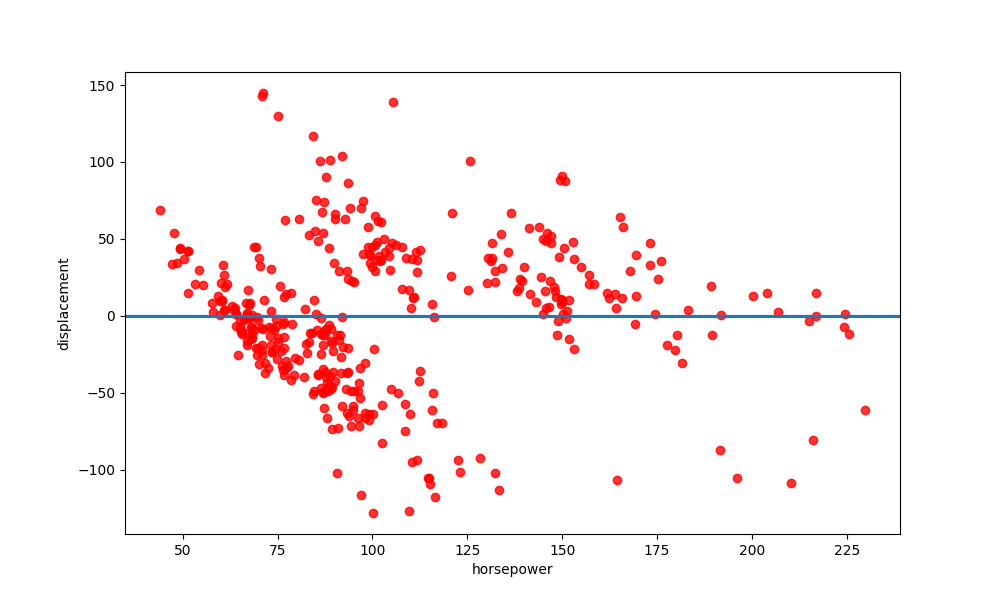
python, seaborn, residplot, lowess=True, scatter_color=red